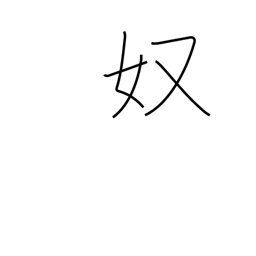
Meaning: guy